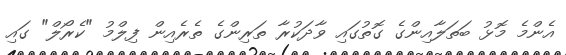
އެންމެ މޮޅު ބަތަލާއިންގެ ގޮތުގައި ވާދަކުރާ ތަރިންގެ ތެރެއިން ފިލްމު "ކެރޯލް" ގައި